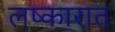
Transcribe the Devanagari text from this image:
लष्कारात